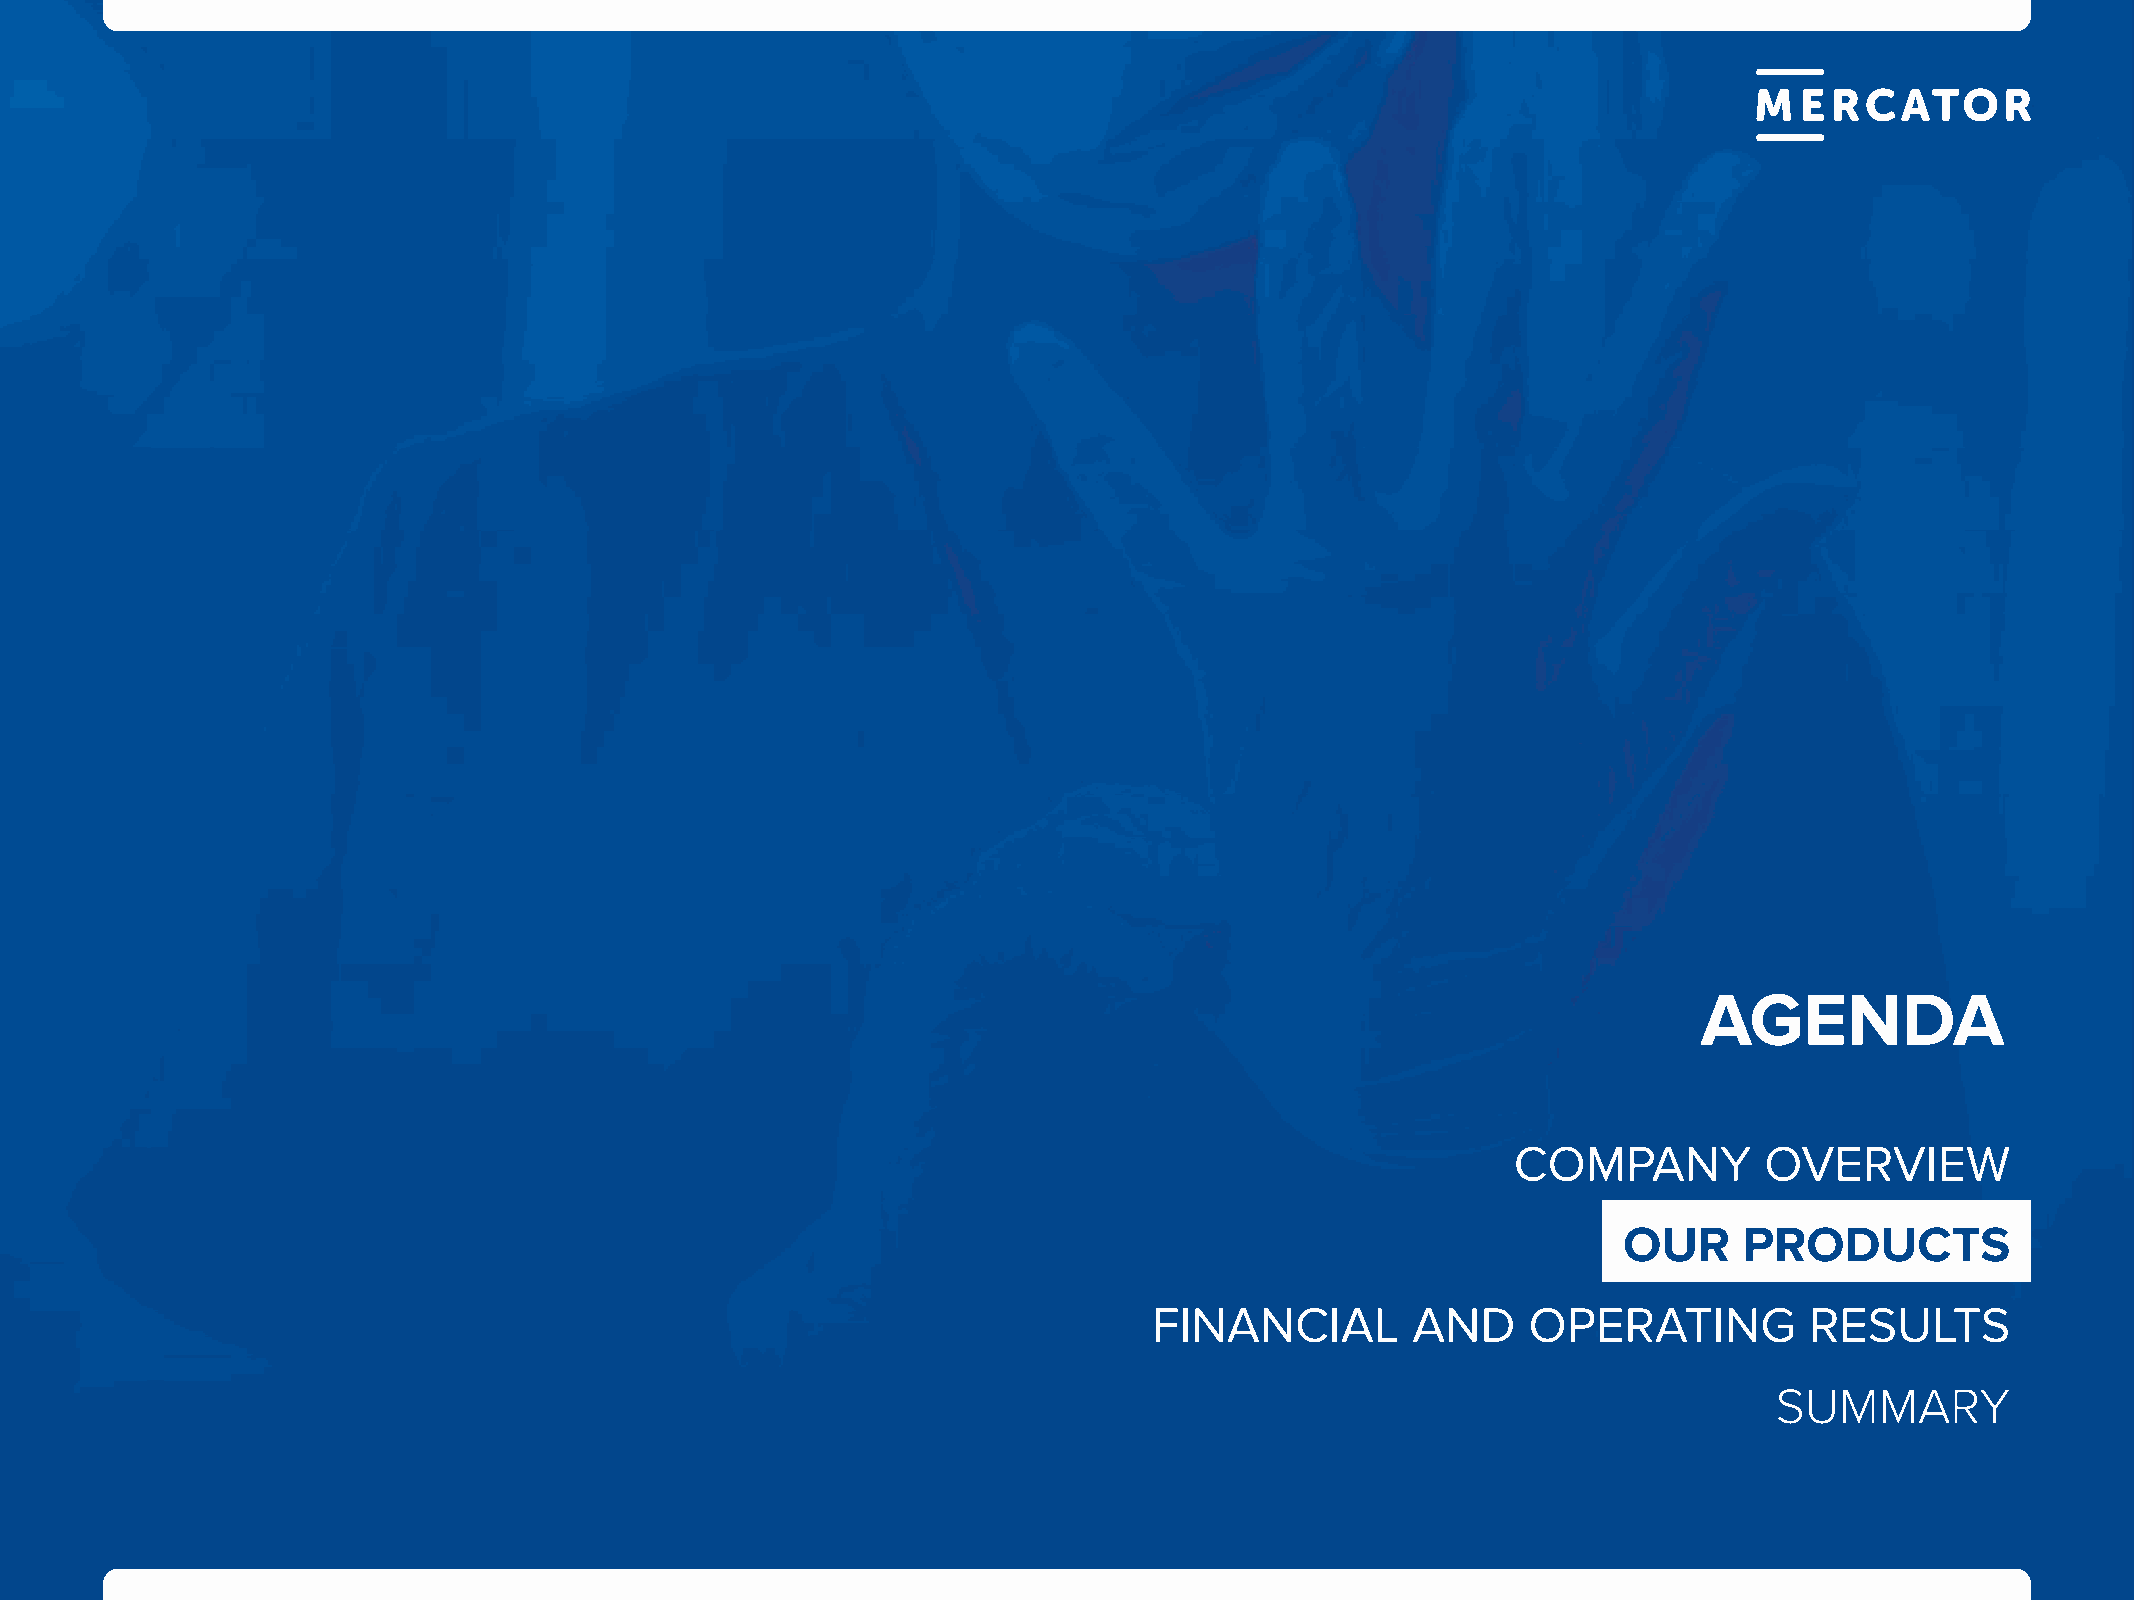
AgENdA
 COMPANY          OVERVIEW
 OUR     PROdUCTS
 FINANCIAL        AND     OPERATING          RESULTS
 summary